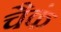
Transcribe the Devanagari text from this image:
चैकं